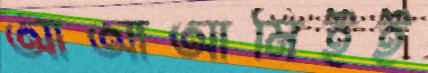
আআআমিইই